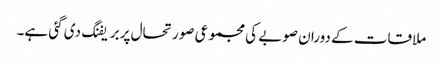
ملاقات کے دوران صوبے کی مجموعی صورتحال پر بریفنگ دی گئی ہے۔